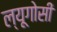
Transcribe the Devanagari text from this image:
ल्यूगोसी